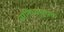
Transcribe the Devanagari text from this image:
सांनिध्यसूचक